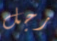
رجل